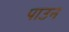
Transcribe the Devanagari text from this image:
पाउन